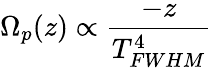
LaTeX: \Omega_{p}(z)\propto\frac{-z}{T_{FWHM}^{4}}